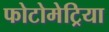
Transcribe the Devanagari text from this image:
फोटोमेट्रिया